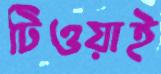
টিওয়াই